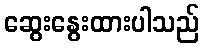
ဆွေးနွေးထားပါသည်